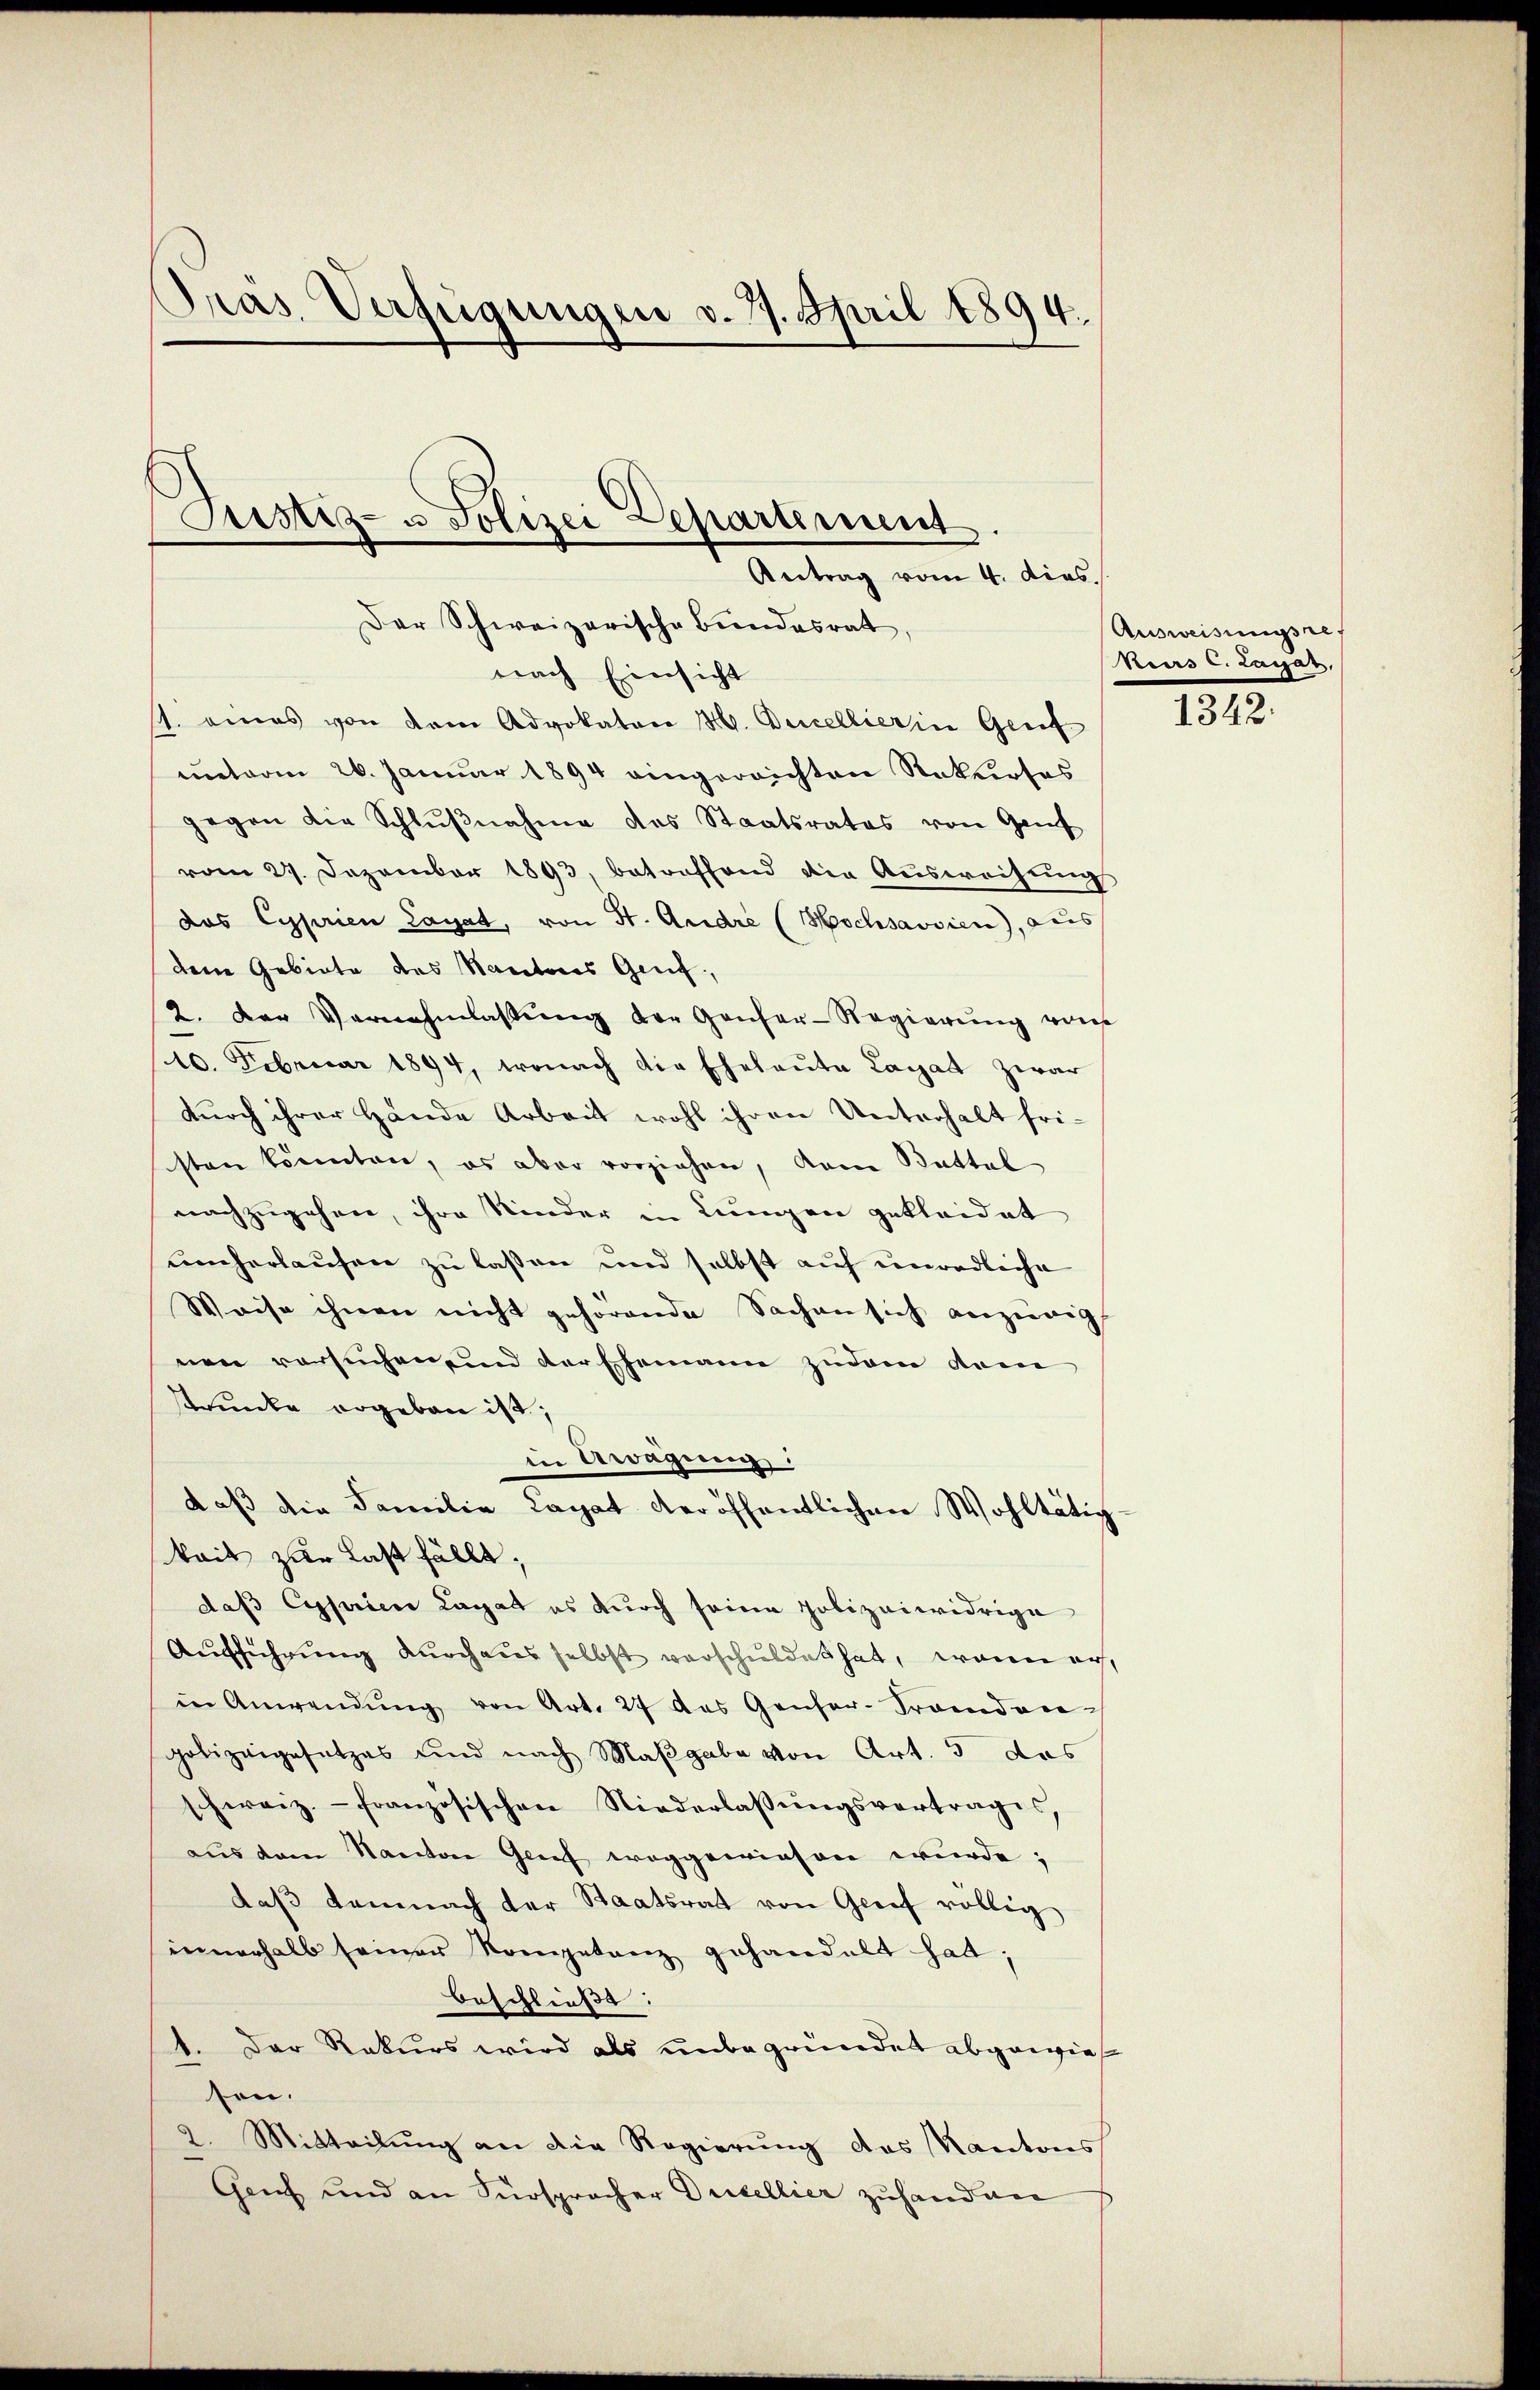
Pras Verfügungen v. 19. April 1894.
Justiz- & Polizei Departement
Antrag vom 4. dies.

Der Schweizerische Bundesrat
nach Einsicht

s. eines von dem Advokaton H. Ducellierin Genf
mit vom 26. Januar 1894 eingereichten Rekurses
gegen die Schlŭβnahme des Staatsrates von Genf
vom 27. Dezember 1893, betreffend die Ausweisung
das Cyprien Lagat, von St. Andre (Hochsavsien), aus
dene Gebiete des Kantons Genf
2. Der Vernehmlassŭng der Ganzer-Regierŭng von
10. Februar 1894, wonach die Eheleute Lagat zwar
dŭrch ihrer Hände Arbeit wohl ihren Unterhalt fri-
sten könnten, es aber vorziehen, dem Battal
nachzugehen, ihre Kinder in Lungen gekleidet
umherlaufen zu laßen und selbst auf unredliche
Weise ihnen nicht gehörende Sachen sich anzeig
nen versuchen und der Ehemann zudem dem
strunke ergeben ist,
in Aragung.
daß die Familie Capat veröffentlichen Wohltätig
kait zur Last fällt;
daß Cyprien Lagat es durch seine polizeiwidrige
Aufführung durchaus selbst verschuldet hat, wenn auf,
in Anwendŭng von Art. 27 des Genfer-Brandan-
polizeigesetzes und nach Maßgabe von Art. 5 des
schweiz.- französischen Niederlassŭngsvertrages
aus dem Kantone Genf weggewiesen wurde;
daβ demnach der Staatsrat von Greif völlig
innerhalb seiner Kompetanz gehandelt hat;
beschließt:
1. Der Rekurs wird als unbegründet abgewies
den.
Mitteilung an die Regierung das Kantons
Genf und an Fürspracher Dutellier zuhand an

Ausweisungsref
Kuars C. Lagas,

1348.